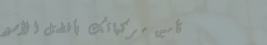
تأمين مركباتك بأفضل الأسع